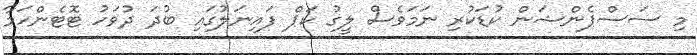
މި ސަސްޕެންޝަން ކުޑަކުރި ނަމަވެސް ލީގު ކަޕް ފައިނަލުގައި ބުދަ ދުވަހު ޓޮޓެންހަމާ